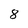
Character: 8